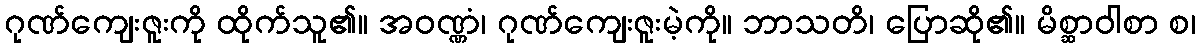
ဂုဏ်ကျေးဇူးကို ထိုက်သူ၏။ အဝဏ္ဏံ၊ ဂုဏ်ကျေးဇူးမဲ့ကို။ ဘာသတိ၊ ပြောဆို၏။ မိစ္ဆာဝါစာ စ၊